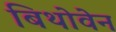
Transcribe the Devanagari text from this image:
बिथोवेन